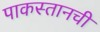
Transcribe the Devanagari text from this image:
पाकस्तानची